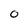
Character: 0